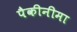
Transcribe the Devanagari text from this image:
पैकीनीमा